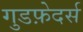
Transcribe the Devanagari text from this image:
गुडफ़ेदर्स